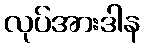
လုပ်အားဒါန